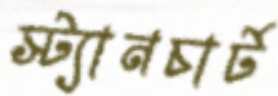
স্ট্যানচার্ট